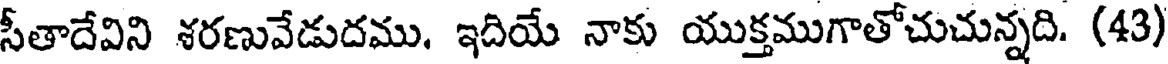
సీతాదేవిని శరణువేడుదము. ఇదియే నాకు యుక్తముగాతోచుచున్నది. (43)